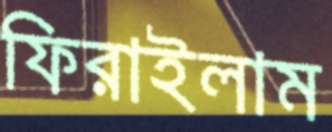
ফিরাইলাম